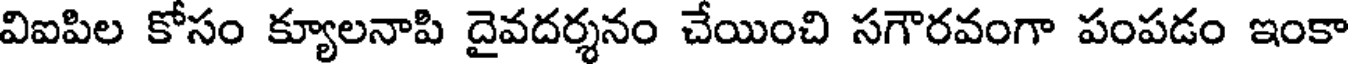
విఐపిల కోసం క్యూలనాపి దైవదర్శనం చేయించి సగౌరవంగా పంపడం ఇంకా